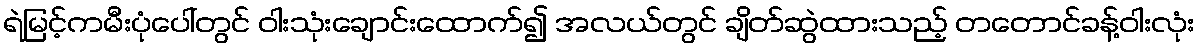
ရဲမြင့်ကမီးပုံပေါ်တွင် ဝါးသုံးချောင်းထောက်၍ အလယ်တွင် ချိတ်ဆွဲထားသည့် တတောင်ခန့်ဝါးလုံး